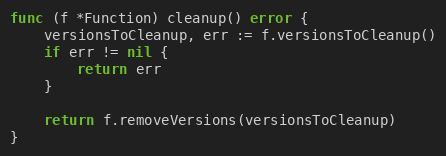
Language: Go
func (f *Function) cleanup() error {
	versionsToCleanup, err := f.versionsToCleanup()
	if err != nil {
		return err
	}

	return f.removeVersions(versionsToCleanup)
}